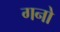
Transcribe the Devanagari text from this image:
गनो